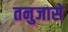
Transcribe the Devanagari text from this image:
तनुजासे